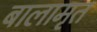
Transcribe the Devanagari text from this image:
बालामृत